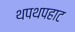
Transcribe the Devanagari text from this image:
थपथपहाट